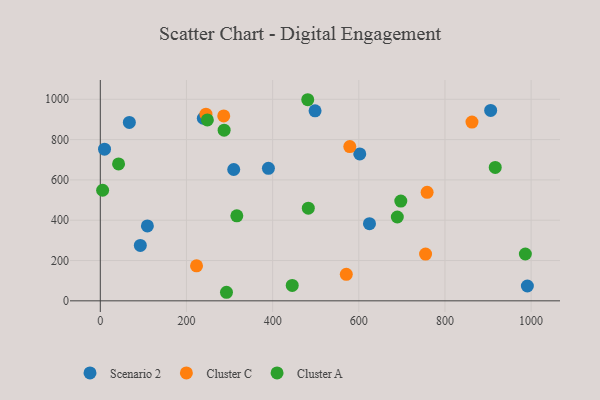
{"axis": {"x": "Distance", "y": "Salary"}, "legend": ["Cluster A", "Cluster C", "Scenario 2"], "data": [{"x": "92.9", "y": 274.7, "type": "Scenario 2"}, {"x": "991.3", "y": 73.6, "type": "Scenario 2"}, {"x": "498.5", "y": 942.6, "type": "Scenario 2"}, {"x": "390.2", "y": 657.7, "type": "Scenario 2"}, {"x": "67.4", "y": 885.3, "type": "Scenario 2"}, {"x": "602.3", "y": 728.9, "type": "Scenario 2"}, {"x": "109.3", "y": 371.8, "type": "Scenario 2"}, {"x": "309.7", "y": 651.7, "type": "Scenario 2"}, {"x": "624.8", "y": 382.6, "type": "Scenario 2"}, {"x": "9.8", "y": 752.3, "type": "Scenario 2"}, {"x": "239.1", "y": 905.9, "type": "Scenario 2"}, {"x": "906.1", "y": 944.9, "type": "Scenario 2"}, {"x": "758.6", "y": 538.5, "type": "Cluster C"}, {"x": "571.0", "y": 131.4, "type": "Cluster C"}, {"x": "579.1", "y": 765.5, "type": "Cluster C"}, {"x": "245.2", "y": 925.9, "type": "Cluster C"}, {"x": "286.5", "y": 917.2, "type": "Cluster C"}, {"x": "223.4", "y": 173.7, "type": "Cluster C"}, {"x": "862.7", "y": 887.0, "type": "Cluster C"}, {"x": "755.0", "y": 232.0, "type": "Cluster C"}, {"x": "292.9", "y": 42.5, "type": "Cluster A"}, {"x": "986.6", "y": 232.5, "type": "Cluster A"}, {"x": "697.5", "y": 495.2, "type": "Cluster A"}, {"x": "287.4", "y": 846.8, "type": "Cluster A"}, {"x": "482.8", "y": 459.7, "type": "Cluster A"}, {"x": "42.4", "y": 679.5, "type": "Cluster A"}, {"x": "248.5", "y": 897.6, "type": "Cluster A"}, {"x": "481.5", "y": 997.8, "type": "Cluster A"}, {"x": "316.9", "y": 422.0, "type": "Cluster A"}, {"x": "689.4", "y": 416.0, "type": "Cluster A"}, {"x": "5.4", "y": 548.6, "type": "Cluster A"}, {"x": "916.7", "y": 661.9, "type": "Cluster A"}, {"x": "445.5", "y": 76.3, "type": "Cluster A"}]}